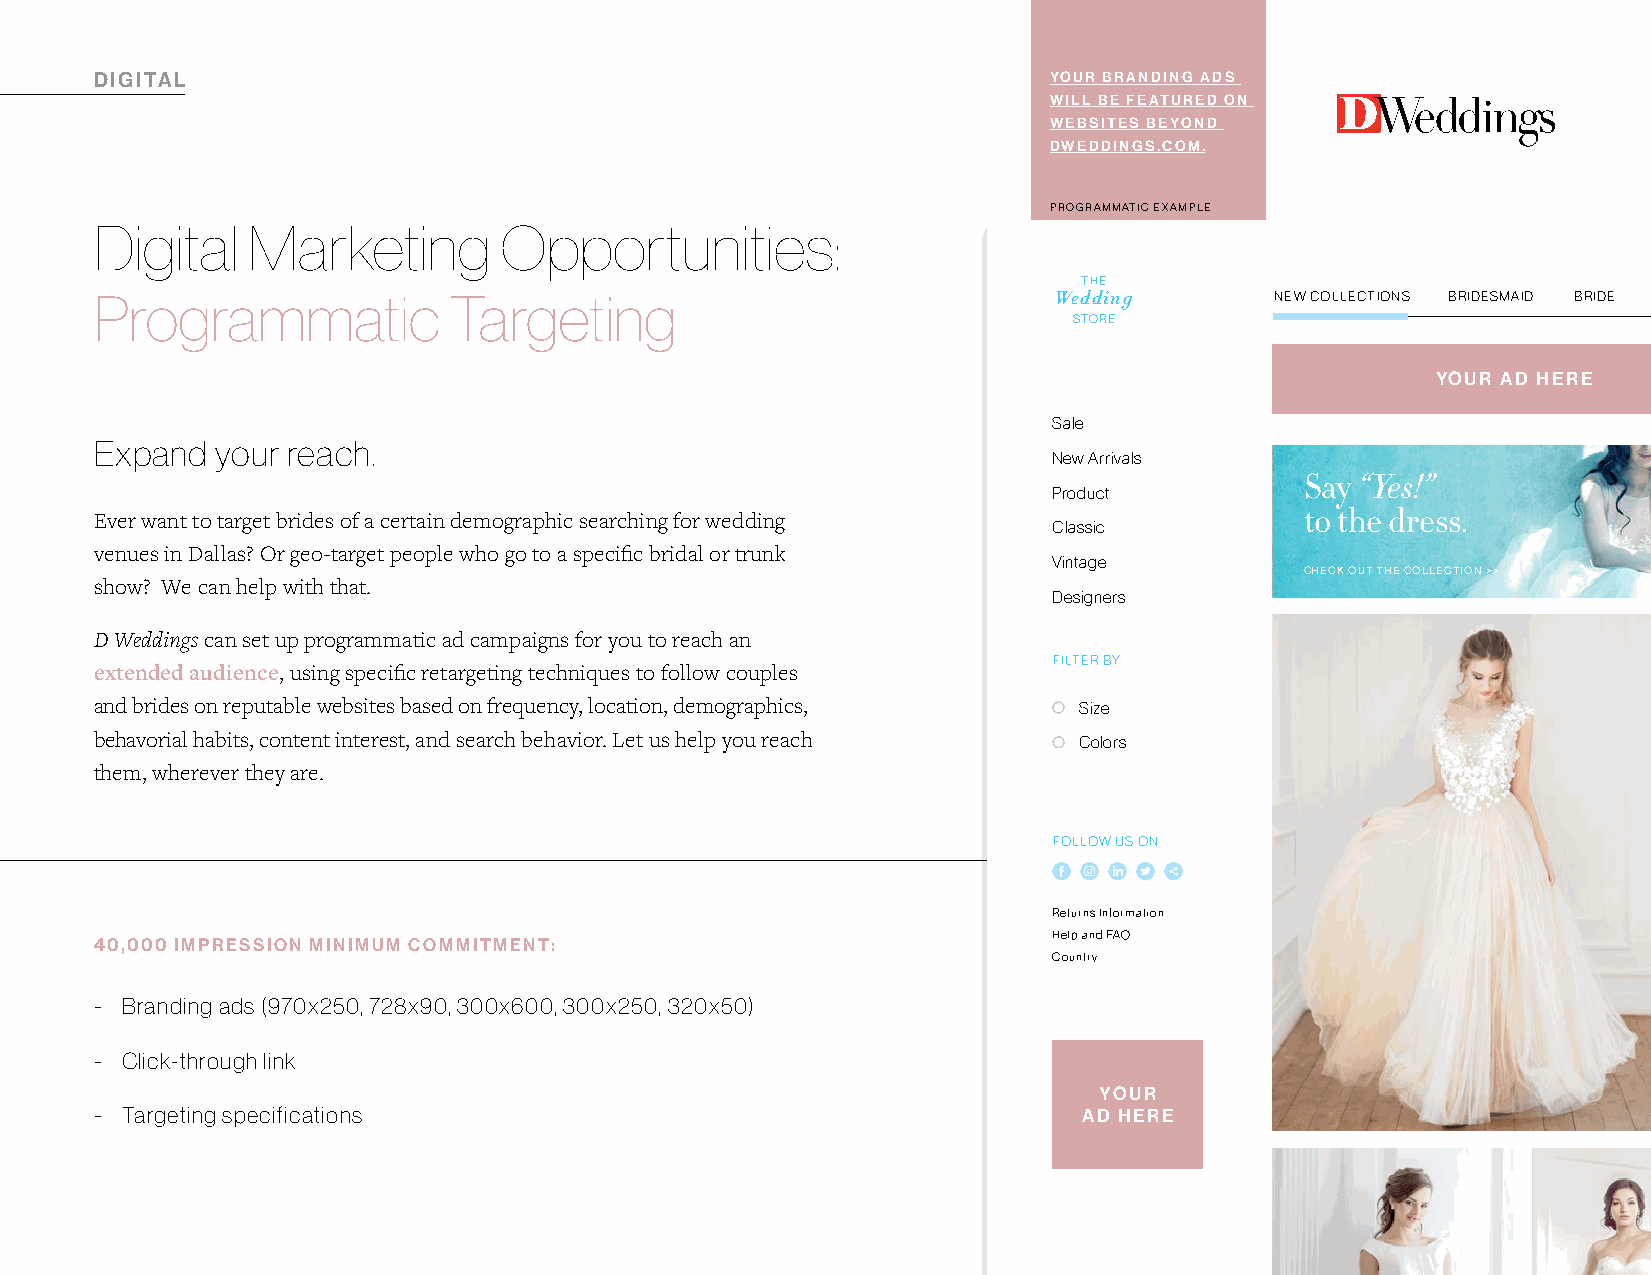
DIGITAL                                                        YOUR BRANDING ADS
 WILL BE FEATURED ON
 WEBSITES BEYOND
 DWEDDINGS.COM.
 PROGRAMMATIC EXAMPLE
 Digital   Marketing        Opportunities:
 THE
 Programmatic            Targeting                               Wedding       NEW COLLECTIONS BRIDESMAID BRIDE
 STORE
 YOUR AD HERE
 Sale
 Expand  your reach.
 New Arrivals
 Say “Yes!”
 Product
 Ever want to target brides of a certain demographic searching for wedding       to the dress.
 Classic
 venues in Dallas? Or geo-target people who go to a specific bridal or trunk
 Vintage
 CHECK OUT THE COLLECTION >>
 show? We can help with that.
 Designers
 D Weddings can set up programmatic ad campaigns for you to reach an
 FILTER BY:
 extended audience, using specific retargeting techniques to follow couples
 and brides on reputable websites based on frequency, location, demographics, Size
 behavorial habits, content interest, and search behavior. Let us help you reach Colors
 them, wherever they are.
 Floral Gown
 FOLLOW US ON:
 Limited Edition
 Returns Information
 Help and FAQ
 40,000 IMPRESSION MINIMUM COMMITMENT:                                                                  DESIGNER::
 Country
 John Doe
 - Branding ads (970x250, 728x90, 300x600, 300x250, 320x50)
 - C lick-through link
 YOUR
 - Targeting specifications                                        AD HERE